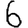
Digit: 6